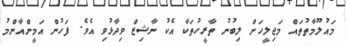
މައުލޫމާތުތައް މަޖިލީހަށް ލިބުނު ތާރީހުތަކާ އެކު ނާޝިޒް ވިދާޅުވި އެވެ. ފަހުން އަމީންއާންމު